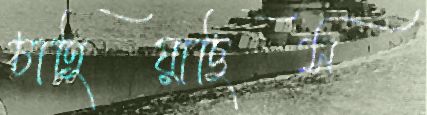
চাহিয়াছিস